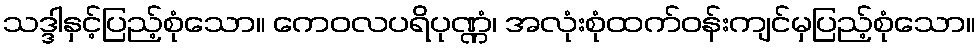
သဒ္ဒါနှင့်ပြည့်စုံသော။ ကေဝလပရိပုဏ္ဏံ၊ အလုံးစုံထက်ဝန်းကျင်မှပြည့်စုံသော။